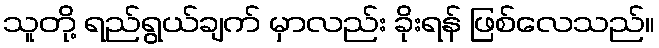
သူတို့ ရည်ရွယ်ချက် မှာလည်း ခိုးရန် ဖြစ်လေသည်။